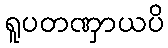
ရူပတဏှာယပိ